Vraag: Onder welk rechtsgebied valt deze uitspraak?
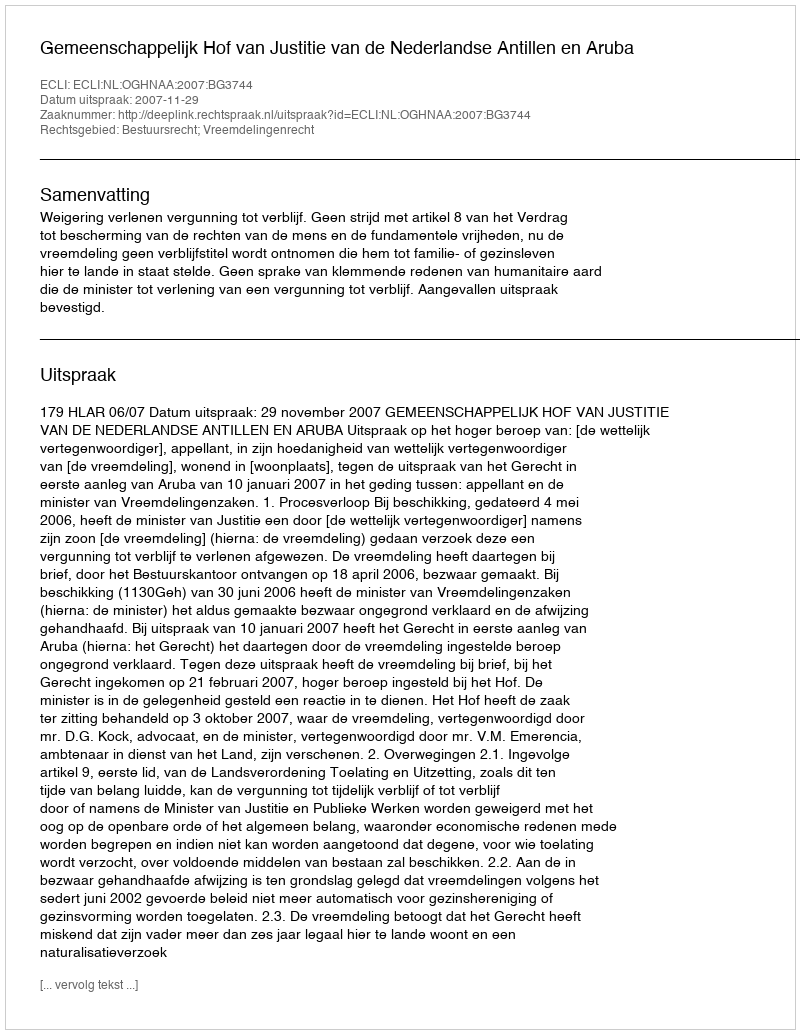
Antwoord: Bestuursrecht; Vreemdelingenrecht